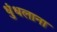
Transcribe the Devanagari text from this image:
धुंधलाना